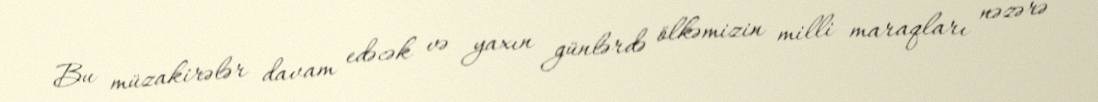
Bu müzakirələr davam edəcək və yaxın günlərdə ölkəmizin milli maraqları nəzərə